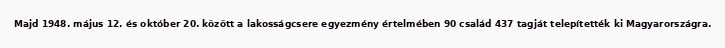
Majd 1948. május 12. és október 20. között a lakosságcsere egyezmény értelmében 90 család 437 tagját telepítették ki Magyarországra.